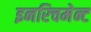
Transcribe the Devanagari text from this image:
इनरिचमेन्ट